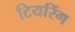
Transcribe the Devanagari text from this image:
टियरिंग